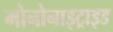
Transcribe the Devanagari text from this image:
मोनोनाइट्राइड